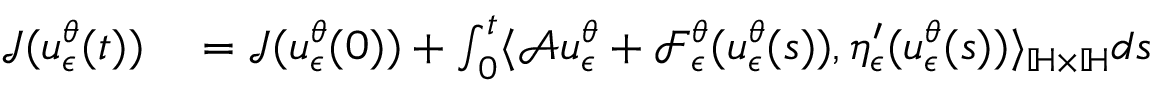
\begin{array} { r l } { \mathcal { J } ( u _ { \epsilon } ^ { \theta } ( t ) ) } & { { } = \mathcal { J } ( u _ { \epsilon } ^ { \theta } ( 0 ) ) + \int _ { 0 } ^ { t } \langle \mathcal { A } u _ { \epsilon } ^ { \theta } + \mathcal { F } _ { \epsilon } ^ { \theta } ( u _ { \epsilon } ^ { \theta } ( s ) ) , \eta _ { \epsilon } ^ { \prime } ( u _ { \epsilon } ^ { \theta } ( s ) ) \rangle _ { \mathbb { H } \times \mathbb { H } } d s } \end{array}